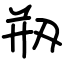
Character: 剏